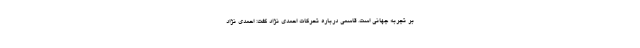
بر تجربه جهانی است. قاسمی درباره تحرکات احمدی نژاد گفت: احمدی نژاد